Civil Veterinary Dept. Bombay admin report 1907-1913 - 1907-1913
Year: 1907
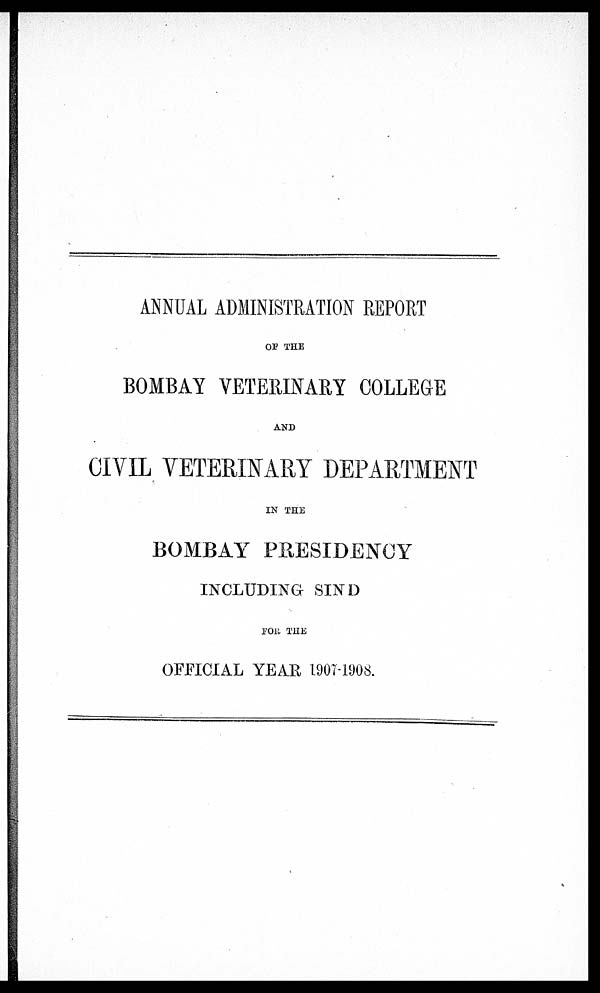
ANNUAL ADMINISTRATION REPORT
OP THE
BOMBAY VETERINARY COLLEGE
AND
CIVIL VETERINARY DEPARTMENT
IN THE
BOMBAY PRESIDENCY
INCLUDING SIND
FOR THE
OFFICIAL YEAR 1907-1908.